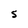
Character: S